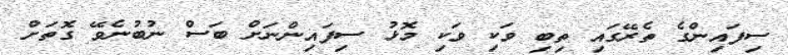
ސިފައިންގެ ތެރޭގައި ތިބި ވަކި ވަކި މޮޅު ސިފައިންނަށް ބަސް ނުބުނެވޭ ގޮތަށް